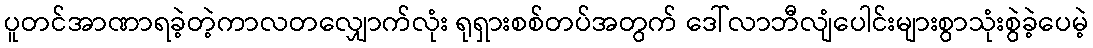
ပူတင်အာဏာရခဲ့တဲ့ကာလတလျှောက်လုံး ရုရှားစစ်တပ်အတွက် ဒေါ်လာဘီလျံပေါင်းများစွာသုံးစွဲခဲ့ပေမဲ့